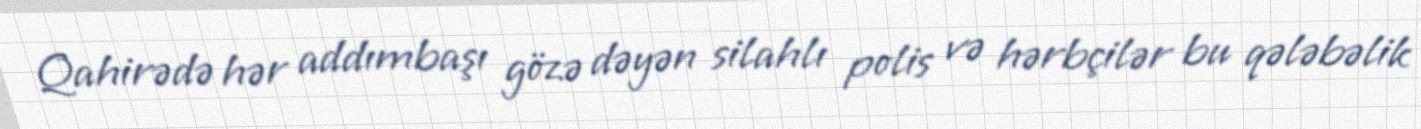
Qahirədə hər addımbaşı gözə dəyən silahlı polis və hərbçilər bu qələbəlik